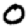
Digit: 0